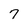
Character: 7